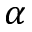
\alpha